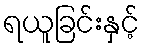
ရယူခြင်းနှင့်